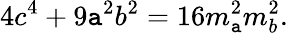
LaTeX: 4c^{4}+9\mathtt{a}^{2}b^{2}=16m_{\mathtt{a}}^{2}m_{b}^{2}.